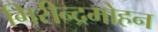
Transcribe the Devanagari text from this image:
गिरीन्द्रमोहन